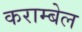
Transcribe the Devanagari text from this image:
कराम्बेल